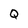
Character: Q